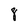
Character: 8